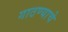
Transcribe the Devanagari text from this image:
गाठण्याचे